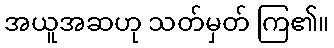
အယူအဆဟု သတ်မှတ် ကြ၏။